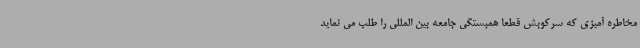
مخاطره آمیزی که سرکوبش قطعا همبستگی جامعه بین المللی را طلب می نماید